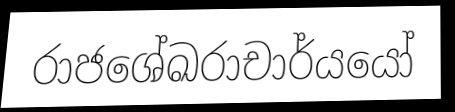
රාජශේඛරාචාර්යයෝ